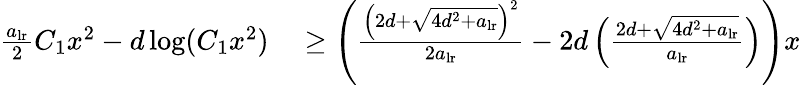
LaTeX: \begin{array}{rl}{\frac{a_{\mathrm{lr}}}{2}C_{1}x^{2}-d\log(C_{1}x^{2})}&{{}\geq\left(\frac{\left(2d+\sqrt{4d^{2}+a_{\mathrm{lr}}}\right)^{2}}{2a_{\mathrm{lr}}}-2d\left(\frac{2d+\sqrt{4d^{2}+a_{\mathrm{lr}}}}{a_{\mathrm{lr}}}\right)\right)x}\end{array}